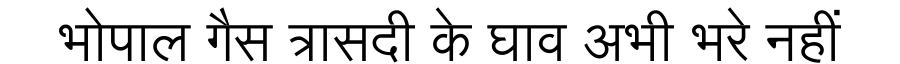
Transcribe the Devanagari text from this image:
भोपाल गैस त्रासदी के घाव अभी भरे नहीं